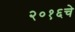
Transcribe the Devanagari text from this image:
२०१६चे